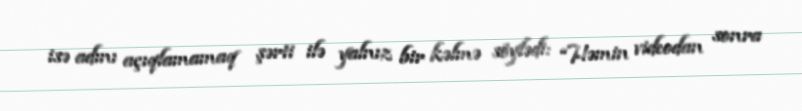
isə adını açıqlamamaq şərti ilə yalnız bir kəlmə söylədi: “Həmin videodan sonra